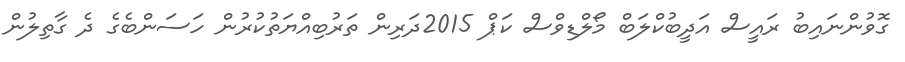
ގޮވުންނައިބު ރައީސް އަދީބުކްލަބް މޯލްޑިވްސް ކަޕް 2015ދަރިން ތަރުބިއްޔަތުކުރުން ހަސަންބެގެ ދެ ގާތިލުން